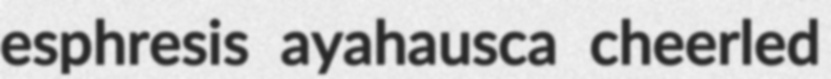
esphresis ayahausca cheerled